Papers set at the Examination for Leaving Certificates, 1893
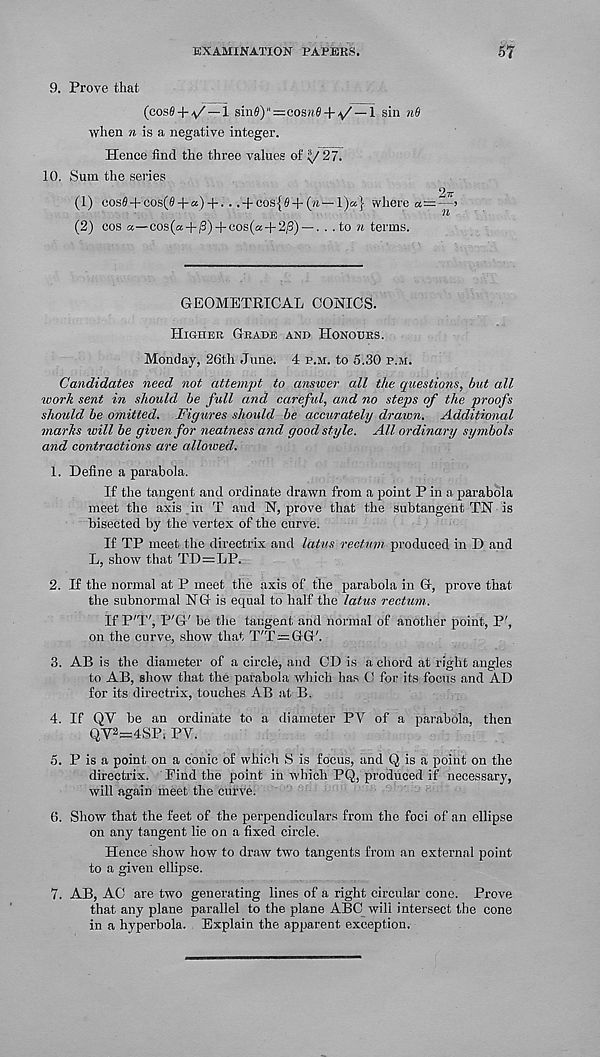
EXAMINATION PAPERS.
57
9. Prove that
(cosS + y' —i sin9)"=cosM9 + ^/ —1 sin nf)
when ?i is a negative integer.
Hence find the three values of iy 27.
10. Sum the series
(1) cos0+cos(0 + a) + .. .+ : cos{0+(»—l)a} where «=^>
(2) cos «—cos(a+^) + cos(a + 2^) —. . . to « terms.
GEOMETRICAL CONICS.
Higher Grade and Honours.
Monday, 26th June. 4 p.m. to 5.30 p.m.
Candidates need not attempt to answer all the questions, but all
work sent in should be full and careful, and no steps of the proofs
slwicld be omitted. Figures should be accurately drawn. Additional
marks will be given for neatness and, good style. All ordinary symbols
and contractions are allowed.
1. Define a parabola.
If the tangent and ordinate drawn from a point P in a parabola
meet the axis in T and N, prove that the subtangent TN is
bisected by the vertex of the curve.
If TP meet the directrix and latus rectum produced in D and
L, show that TD=LP.
2. If the normal at P meet the axis of the parabola in G, prove that
the subnormal NG is equal to half the latus rectum.
If P'T', P'G' be the tangent and normal of another point, P',
on the curve, show that T'T—GG'.
3. AB is the diameter of a circle, and CD is a chord at right angles
to AB, show that the parabola which has C for its focus and AD
for its directrix, touches AB at B.
4. If QV be an ordinate to a diameter PV of a parabola,, then
QV 2 =4SP, PV.
5. P is a point on a conic of which S is focus, and Q is a point on the
directrix. Find the point in which PQ, produced if necessary,
will again meet the curve.
(5. Show that the feet of the perpendiculars from the foci of an ellipse
on any tangent lie on a fixed circle.
Hence show how to draw two tangents from an external point
to a given ellipse.
7. AB, AC are two generating lines of a right circular cone. Prove
that any plane parallel to the plane ABC will intersect the cone
in a hyperbola. Explain the apparent exception.